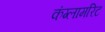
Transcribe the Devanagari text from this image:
कंग्लामरिट